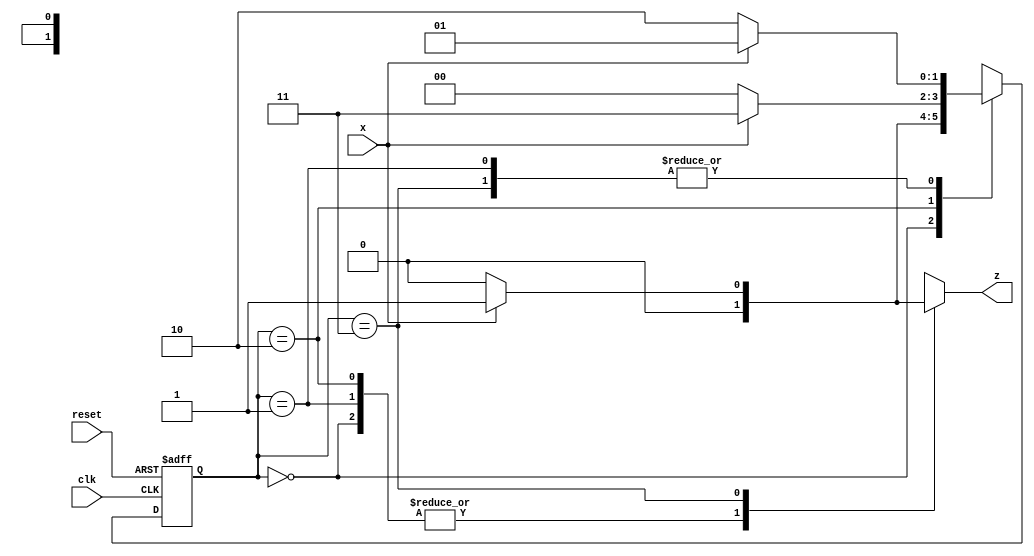
module mealy1011(
input x,clk,reset,
output reg z
);

parameter S0 = 0 , S1 = 1 , S2 = 2 , S3 = 3 ;
reg [1:0] PS,NS ;

    always@(posedge clk or posedge reset)
        begin
            if(reset)
                PS <= S0;   
            else    
                PS <= NS ;
        end             

    always@(PS or x)
        begin 
            
            case(PS)
                S0 : begin 
                            z = 0 ;
                            NS = x ? S1 : S0 ;
                            $display(PS);
                        end
                S1 : begin 
                            z = 0 ;
                            NS = x ? S1 : S2 ;
                            $display(PS);
                        end
                S2 : begin 
                            z = 0 ;
                            NS = x ? S3 : S0 ;
                            $display(PS);
                        end 
                S3 : begin 
                            z = x ? 1 : 0 ; 
                            NS = x ? S1 : S2 ;
                            $display(PS);
                        end

            endcase
        end
endmodule